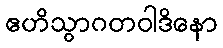
ဧဟိသွာဂတဝါဒိနော